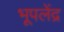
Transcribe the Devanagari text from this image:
भूपलेंद्र